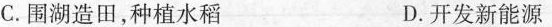
C.围湖造田，种植水稻 D.开发新能源